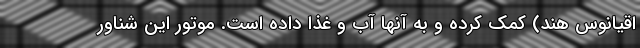
اقیانوس هند) کمک کرده و به آنها آب و غذا داده است. موتور این شناور